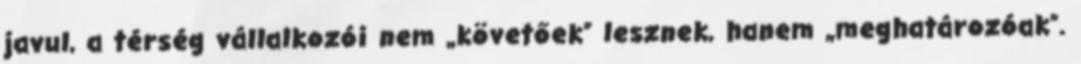
javul, a térség vállalkozói nem „követőek” lesznek, hanem „meghatározóak”.